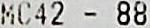
MC42 - 88